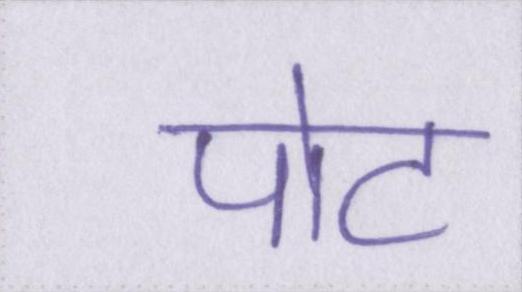
पोट